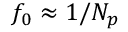
f _ { 0 } \approx 1 / N _ { p }